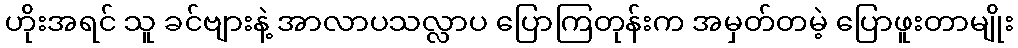
ဟိုးအရင် သူ ခင်ဗျားနဲ့ အာလာပသလ္လာပ ပြောကြတုန်းက အမှတ်တမဲ့ ပြောဖူးတာမျိုး